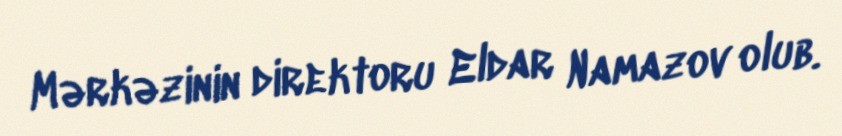
Mərkəzinin direktoru Eldar Namazov olub.